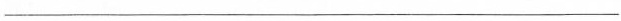
__________________________________________